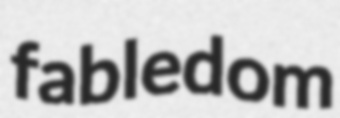
fabledom